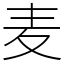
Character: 麦